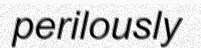
perilously